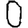
Digit: 0